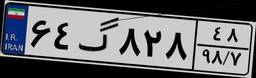
۶۴گ۸۲۸۴۸